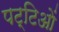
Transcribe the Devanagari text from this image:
पट्टिओं